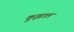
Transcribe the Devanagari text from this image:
कुझाल